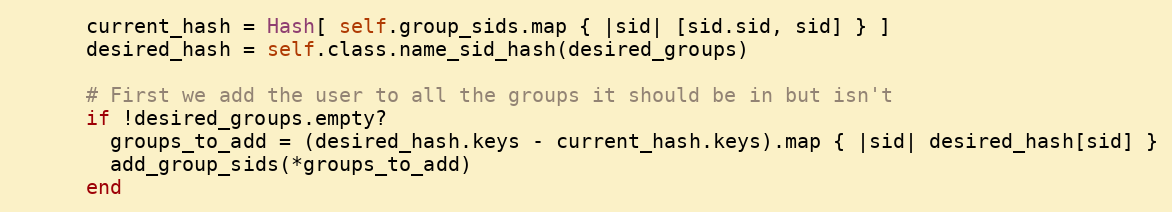
Language: Ruby
      current_hash = Hash[ self.group_sids.map { |sid| [sid.sid, sid] } ]
      desired_hash = self.class.name_sid_hash(desired_groups)

      # First we add the user to all the groups it should be in but isn't
      if !desired_groups.empty?
        groups_to_add = (desired_hash.keys - current_hash.keys).map { |sid| desired_hash[sid] }
        add_group_sids(*groups_to_add)
      end